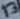
Text: 13